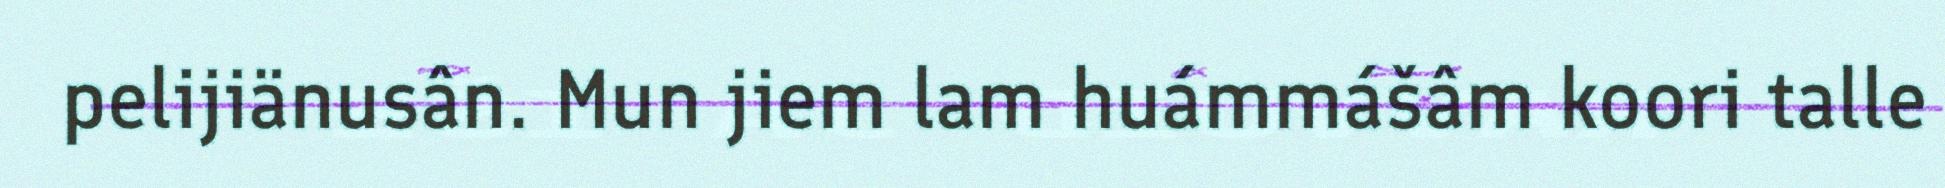
pelijiänusân. Mun jiem lam huámmášâm koori talle